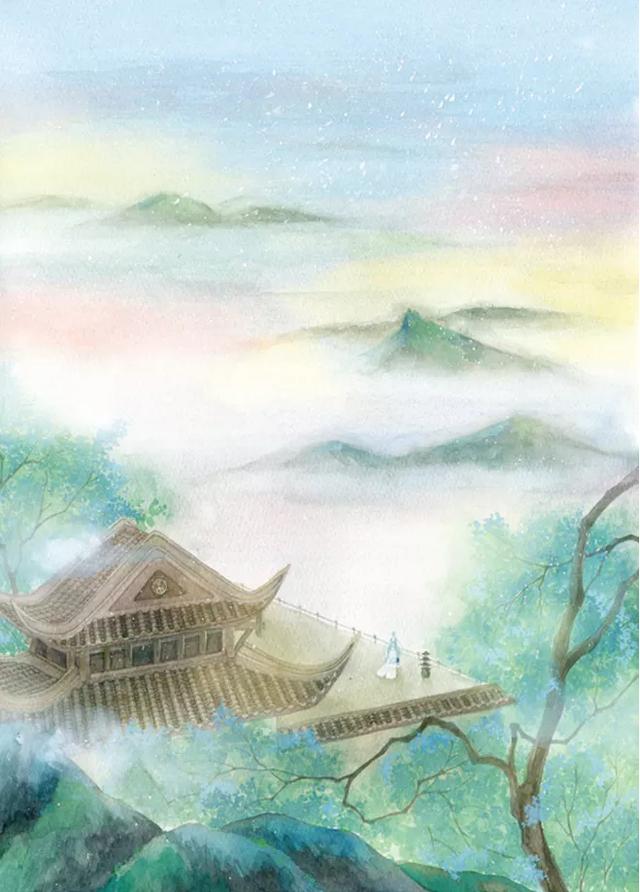
山远近，路横斜，青旗沽酒有人家。